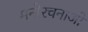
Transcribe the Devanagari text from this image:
मनोरचनाओं